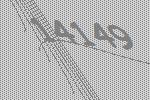
14149